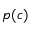
p ( c )